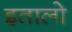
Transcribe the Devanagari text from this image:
इतालो